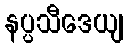
နပ္ပသီဒေယျ